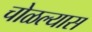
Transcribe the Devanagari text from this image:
चोळल्यास